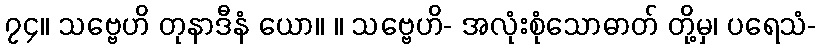
၇၄။ သဗ္ဗေဟိ တုနာဒီနံ ယော။ ။ သဗ္ဗေဟိ- အလုံးစုံသောဓာတ် တို့မှ၊ ပရေသံ-